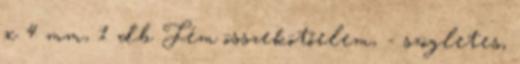
x 4 mm, 1 db Fém összekötőelem, - szögletes,